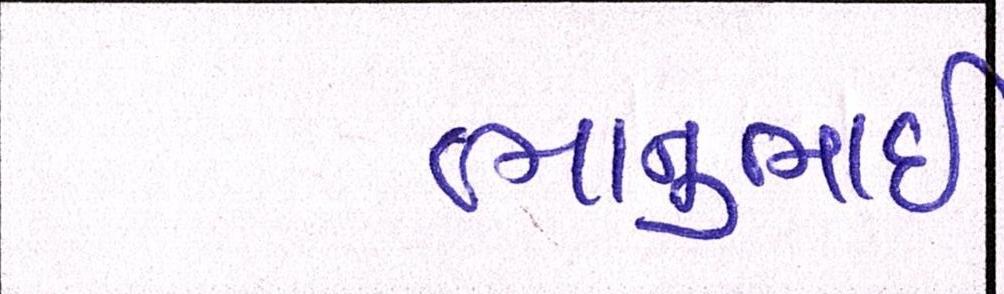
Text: ભાનુભાઈ